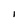
Character: l